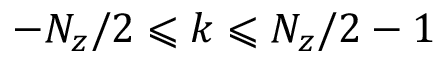
- N _ { z } / 2 \leqslant k \leqslant N _ { z } / 2 - 1